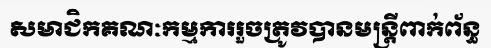
សមាជិកគណៈកម្មការរួចត្រូវបានមន្ត្រីពាក់ព័ន្ធ